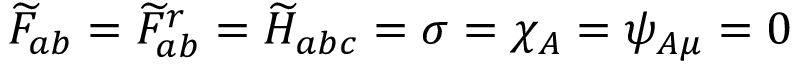
\widetilde { F } _ { a b } = \widetilde { F } _ { a b } ^ { r } = \widetilde { H } _ { a b c } = \sigma = \chi _ { A } = \psi _ { A \mu } = 0